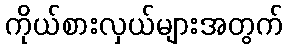
ကိုယ်စားလှယ်များအတွက်